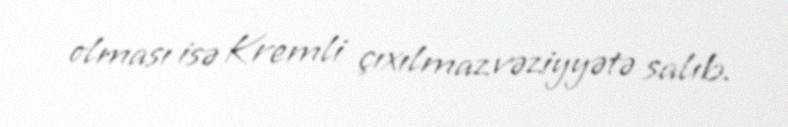
olması isə Kremli çıxılmaz vəziyyətə salıb.